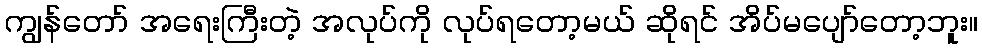
ကျွန်တော် အရေးကြီးတဲ့ အလုပ်ကို လုပ်ရတော့မယ် ဆိုရင် အိပ်မပျော်တော့ဘူး။